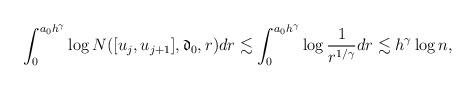
LaTeX: \begin{align*}\int_0^{a_0h^\gamma}\log N([u_j,u_{j+1}],\mathfrak{d}_0,r)dr\lesssim \int_0^{a_0h^\gamma}\log\frac{1}{r^{1/\gamma}}dr\lesssim h^\gamma\log n,\end{align*}